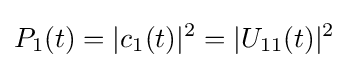
P_{1}(t)=|c_{1}(t)|^{2}=|U_{11}(t)|^{2}